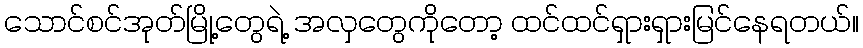
သောင်စင်အုတ်မြို့တွေရဲ့ အလှတွေကိုတော့ ထင်ထင်ရှားရှားမြင်နေရတယ်။